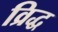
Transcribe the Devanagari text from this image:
व्रिद्ध